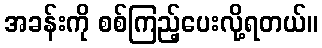
အခန်းကို စစ်ကြည့်ပေးလို့ရတယ်။